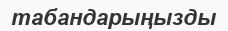
табандарыңызды